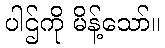
ပါဌ်ကို မိန့်သော်။